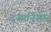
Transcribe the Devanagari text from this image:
दर्ज्यानुसार